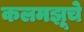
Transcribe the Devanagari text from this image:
कलमझूचे